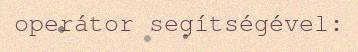
operátor segítségével: